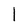
Character: l